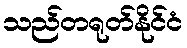
သည်တရုတ်နိုင်ငံ